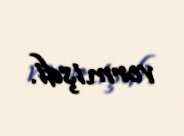
vermişdi.